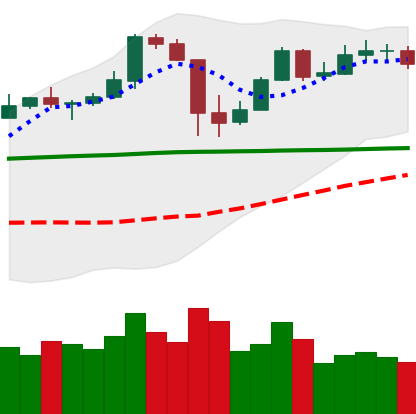
Ticker: BTC-USD
Chart end date: 2020-05-20
Forward return: -6.469%
Label: down_5_7